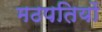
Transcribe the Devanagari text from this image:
मठपतियों